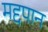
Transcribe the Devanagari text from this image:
मद्दपान